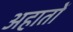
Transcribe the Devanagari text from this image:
अहातों